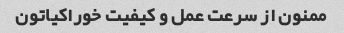
ممنون از سرعت عمل و کیفیت خوراکیاتون